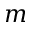
m